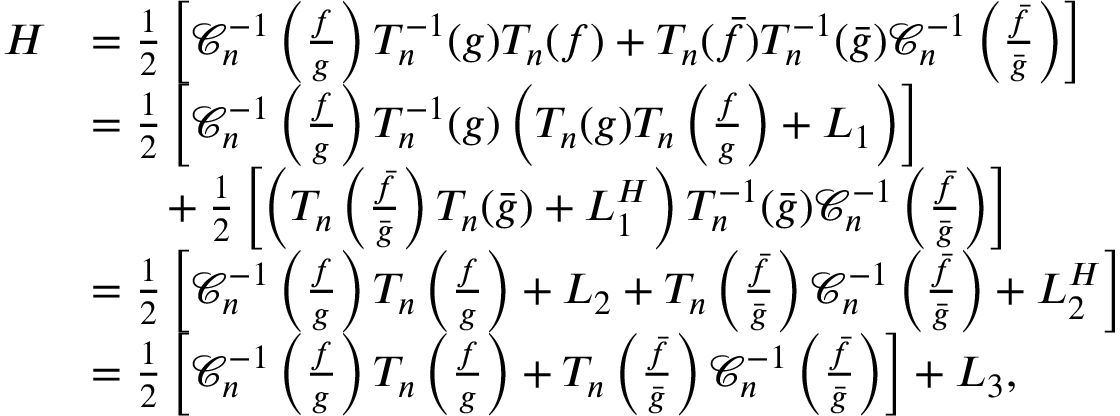
\begin{array} { r l } { H } & { = \frac { 1 } { 2 } \left[ \mathcal { C } _ { n } ^ { - 1 } \left( \frac { f } { g } \right) T _ { n } ^ { - 1 } ( g ) T _ { n } ( f ) + T _ { n } ( \bar { f } ) T _ { n } ^ { - 1 } ( \bar { g } ) \mathcal { C } _ { n } ^ { - 1 } \left( \frac { \bar { f } } { \bar { g } } \right) \right] } \\ & { = \frac { 1 } { 2 } \left[ \mathcal { C } _ { n } ^ { - 1 } \left( \frac { f } { g } \right) T _ { n } ^ { - 1 } ( g ) \left( T _ { n } ( g ) T _ { n } \left( \frac { f } { g } \right) + L _ { 1 } \right) \right] } \\ & { \phantom { 2 p c } + \frac { 1 } { 2 } \left[ \left( T _ { n } \left( \frac { \bar { f } } { \bar { g } } \right) T _ { n } ( \bar { g } ) + L _ { 1 } ^ { H } \right) T _ { n } ^ { - 1 } ( \bar { g } ) \mathcal { C } _ { n } ^ { - 1 } \left( \frac { \bar { f } } { \bar { g } } \right) \right] } \\ & { = \frac { 1 } { 2 } \left[ \mathcal { C } _ { n } ^ { - 1 } \left( \frac { f } { g } \right) T _ { n } \left( \frac { f } { g } \right) + L _ { 2 } + T _ { n } \left( \frac { \bar { f } } { \bar { g } } \right) \mathcal { C } _ { n } ^ { - 1 } \left( \frac { \bar { f } } { \bar { g } } \right) + L _ { 2 } ^ { H } \right] } \\ & { = \frac { 1 } { 2 } \left[ \mathcal { C } _ { n } ^ { - 1 } \left( \frac { f } { g } \right) T _ { n } \left( \frac { f } { g } \right) + T _ { n } \left( \frac { \bar { f } } { \bar { g } } \right) \mathcal { C } _ { n } ^ { - 1 } \left( \frac { \bar { f } } { \bar { g } } \right) \right] + L _ { 3 } , } \end{array}